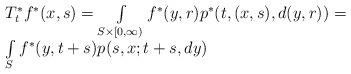
LaTeX: \begin{align*}\begin{array}{l}T_t^*f^*(x,s)=\int\limits_{S\times[0,\infty)} f^*(y,r)p^*(t,(x,s),d(y,r))=\\\int\limits_S f^*(y,t+s)p(s,x;t+s,dy)\end{array}\end{align*}